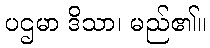
ပဌမာ ဒိသာ၊ မည်၏။